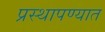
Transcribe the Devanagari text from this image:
प्रस्थापण्यात